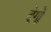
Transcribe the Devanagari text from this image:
देगो